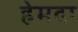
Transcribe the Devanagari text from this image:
हेमदा